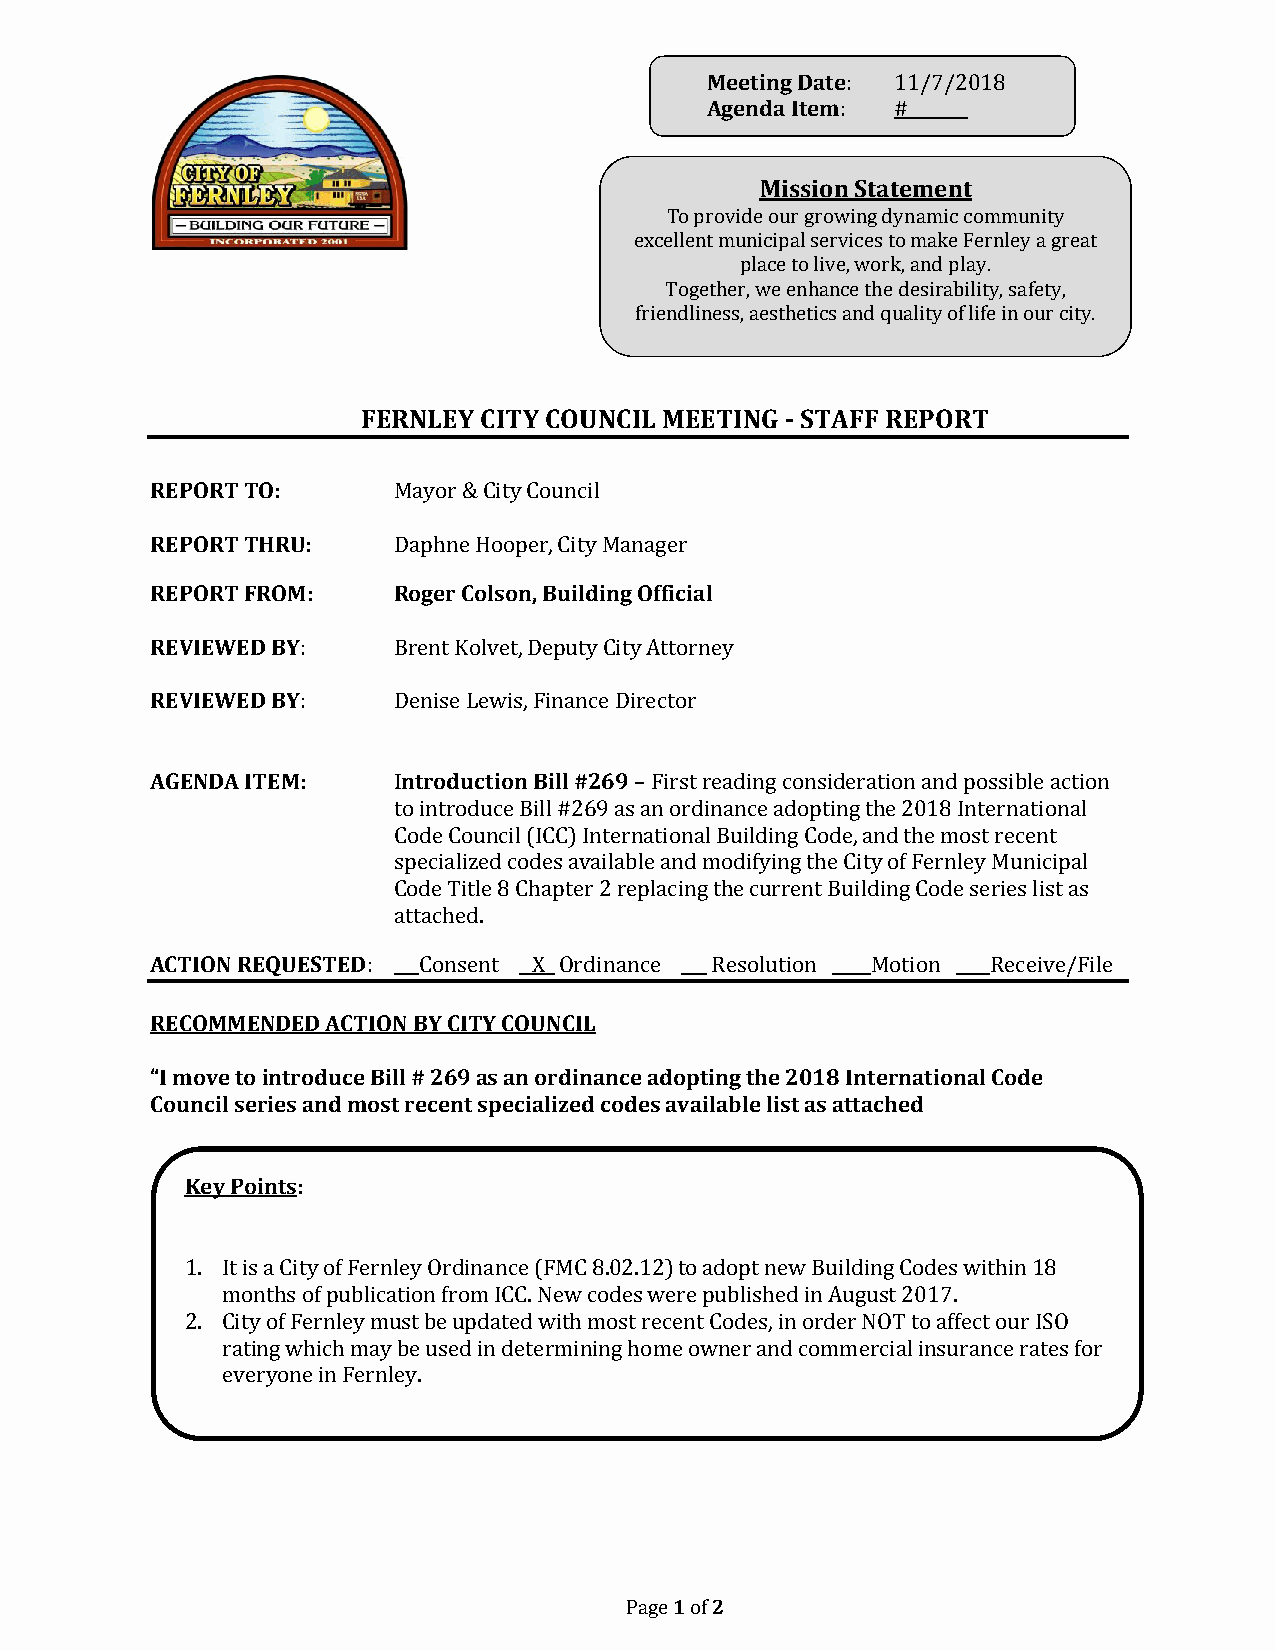
Meeting Date: 11/7/2018
 Agenda Item: #_______
 Mission Statement
 To provide our growing dynamic community
 excellent municipal services to make Fernley a great
 place to live, work, and play.
 Together, we enhance the desirability, safety,
 friendliness, aesthetics and quality of life in our city.
 FERNLEY CITY COUNCIL MEETING - STAFF REPORT
 REPORT TO:      Mayor & City Council
 REPORT THRU:    Daphne Hooper, City Manager
 REPORT FROM:    Roger Colson, Building Official
 REVIEWED BY:    Brent Kolvet, Deputy City Attorney
 REVIEWED BY:    Denise Lewis, Finance Director
 AGENDA ITEM:    Introduction Bill #269 – First reading consideration and possible action
 to introduce Bill #269 as an ordinance adopting the 2018 International
 Code Council (ICC) International Building Code, and the most recent
 specialized codes available and modifying the City of Fernley Municipal
 Code Title 8 Chapter 2 replacing the current Building Code series list as
 attached.
 ACTION REQUESTED: ___Consent _ X_ Ordinance ___ Resolution _ Motion ____Receive/File
 RECOMMENDED ACTION BY CITY COUNCIL
 “I move to introduce Bill # 269 as an ordinance adopting the 2018 International Code
 Council series and most recent specialized codes available list as attached
 Key Points:
 1. I t is a City of Fernley Ordinance (FMC 8.02.12) to adopt new Building Codes within 18
 m onths of publication from ICC. New codes were published in August 2017.
 2. C ity of Fernley must be updated with most recent Codes, in order NOT to affect our ISO
 rating which may be used in determining home owner and commercial insurance rates for
 everyone in Fernley.
 3.
 Page 1 of 2